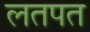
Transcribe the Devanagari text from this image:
लतपत